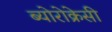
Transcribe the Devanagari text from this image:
ब्योरोक्रेसी